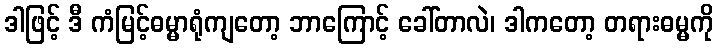
ဒါဖြင့် ဒီ ကံမြင့်ဓမ္မာရုံကျတော့ ဘာကြောင့် ခေါ်တာလဲ၊ ဒါကတော့ တရားဓမ္မကို